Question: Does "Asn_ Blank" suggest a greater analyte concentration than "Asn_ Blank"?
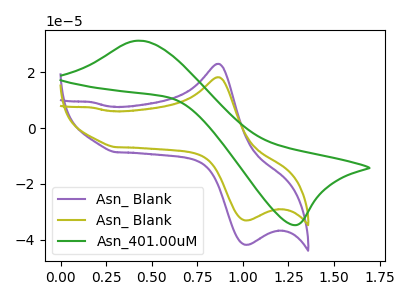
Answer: <think>The purple curve "Asn_ Blank" has an anodic peak at (0.85V, 22.95uA) and a cathodic peak at (1.00V, -41.70uA). The olive curve "Asn_ Blank" has an anodic peak at (0.85V, 18.20uA) and a cathodic peak at (1.00V, -33.00uA). The green curve "Asn_401.00uM" has an anodic peak at (0.40V, 31.20uA) and a cathodic peak at (1.30V, -34.65uA).
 All the peaks in "Asn_ Blank" have a peak in "Asn_ Blank" at the same potential. Every peak in "Asn_ Blank" is lower than every peak in "Asn_ Blank".</think>
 <answer>"Asn_ Blank" has less signal than "Asn_ Blank".</answer>
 <eval>less_signal</eval>